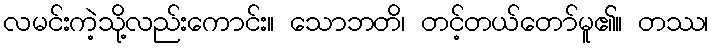
လမင်းကဲ့သို့လည်းကောင်း။ သောဘတိ၊ တင့်တယ်တော်မူ၏။ တဿ၊